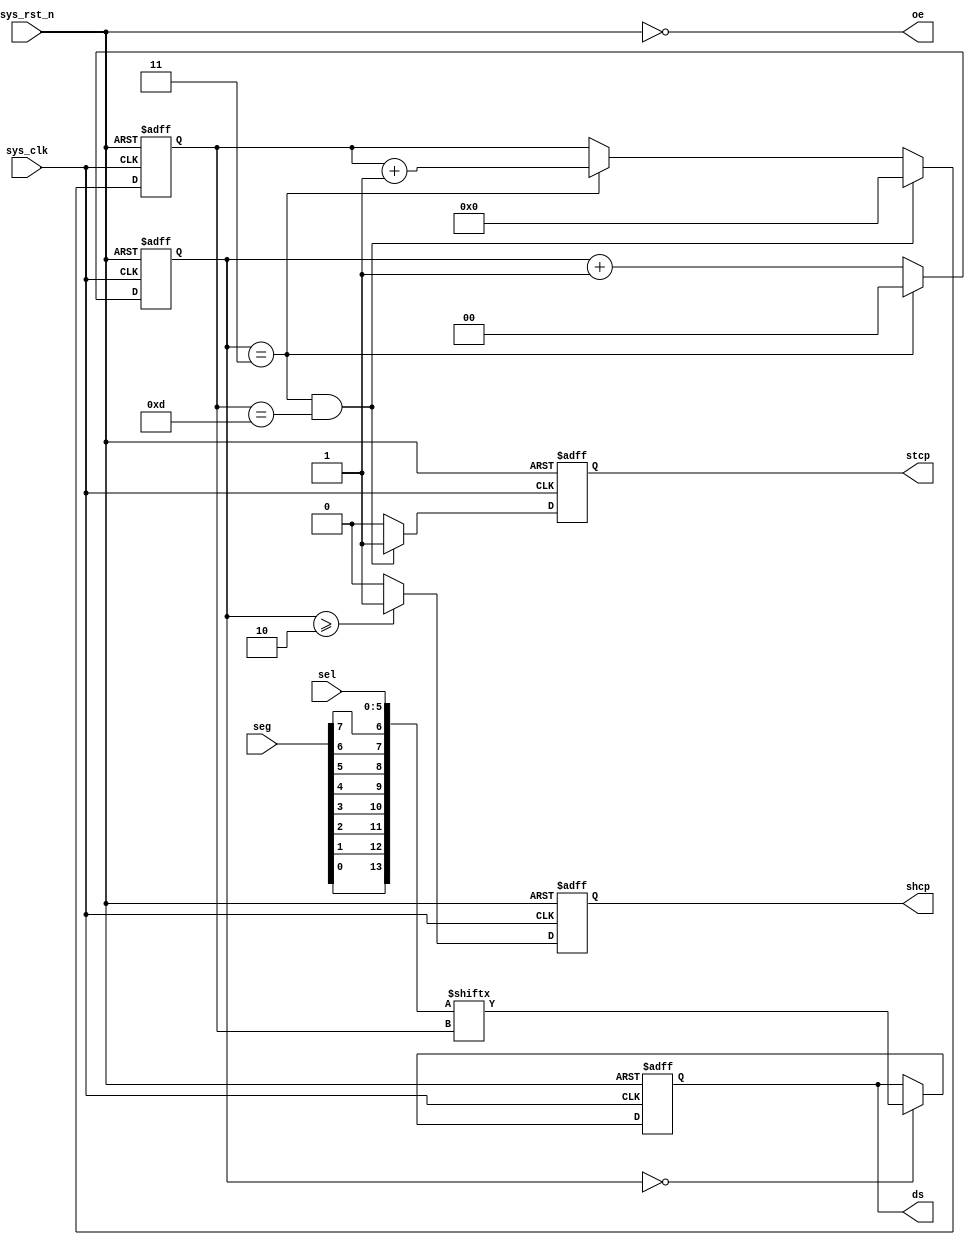
`timescale  1ns/1ns

module  hc595_ctrl
(
    input   wire            sys_clk     ,   //50MHz
    input   wire            sys_rst_n   ,   //
    input   wire    [5:0]   sel         ,   //
    input   wire    [7:0]   seg         ,   //
    
    output  reg             stcp        ,   //
    output  reg             shcp        ,   //
    output  reg             ds          ,   //
    output  wire            oe              //
);

//********************************************************************//
//****************** Parameter and Internal Signal *******************//
//********************************************************************//
//reg   define
reg     [1:0]   cnt_4   ;   //
reg     [3:0]   cnt_bit ;   //

//wire  define
wire    [13:0]  data    ;   //

//********************************************************************//
//***************************** Main Code ****************************//
//********************************************************************//

//
assign  data = {seg[0],seg[1],seg[2],seg[3],seg[4],seg[5],seg[6],seg[7],sel};

//
assign oe = ~sys_rst_n;

//:0~3
always@(posedge sys_clk or  negedge sys_rst_n)
    if(sys_rst_n == 1'b0)
        cnt_4 <=  2'd0;
    else    if(cnt_4 == 2'd3)
        cnt_4 <=  2'd0;
    else
        cnt_4 <=  cnt_4 +   1'b1;

//cnt_bit:
always@(posedge sys_clk or  negedge sys_rst_n)
    if(sys_rst_n == 1'b0)
        cnt_bit   <=  4'd0;
    else    if(cnt_4 == 2'd3 && cnt_bit == 4'd13)
        cnt_bit   <=  4'd0;
    else    if(cnt_4  ==  2'd3)
        cnt_bit   <=  cnt_bit   +   1'b1;
    else
        cnt_bit   <=  cnt_bit;

//stcp:14
always@(posedge sys_clk or  negedge sys_rst_n)
    if(sys_rst_n == 1'b0)
        stcp    <=  1'b0;
    else    if(cnt_bit == 4'd13 && cnt_4 == 2'd3)
        stcp    <=  1'b1;
    else
        stcp    <=  1'b0;

//shcp:
always@(posedge sys_clk or  negedge sys_rst_n)
    if(sys_rst_n == 1'b0)
        shcp    <=  1'b0;
    else    if(cnt_4 >= 4'd2)
        shcp    <=  1'b1;
    else
        shcp    <=  1'b0;

//ds:
always@(posedge sys_clk or  negedge sys_rst_n)
    if(sys_rst_n == 1'b0)
        ds  <=  1'b0;
    else    if(cnt_4 == 2'd0)
        ds  <=  data[cnt_bit];
    else
        ds  <=  ds;

endmodule